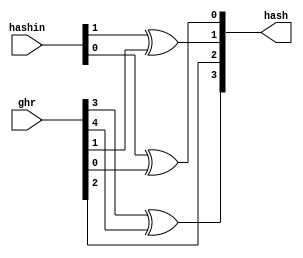
module rvbtb_ghr_hash
(
  hashin,
  ghr,
  hash
);

  input [5:4] hashin;
  input [4:0] ghr;
  output [7:4] hash;
  wire [7:4] hash;
  assign hash[6] = ghr[2];
  assign hash[7] = ghr[3] ^ ghr[4];
  assign hash[5] = hashin[5] ^ ghr[1];
  assign hash[4] = hashin[4] ^ ghr[0];

endmodule